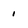
Character: 1